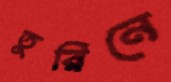
তুরিনে